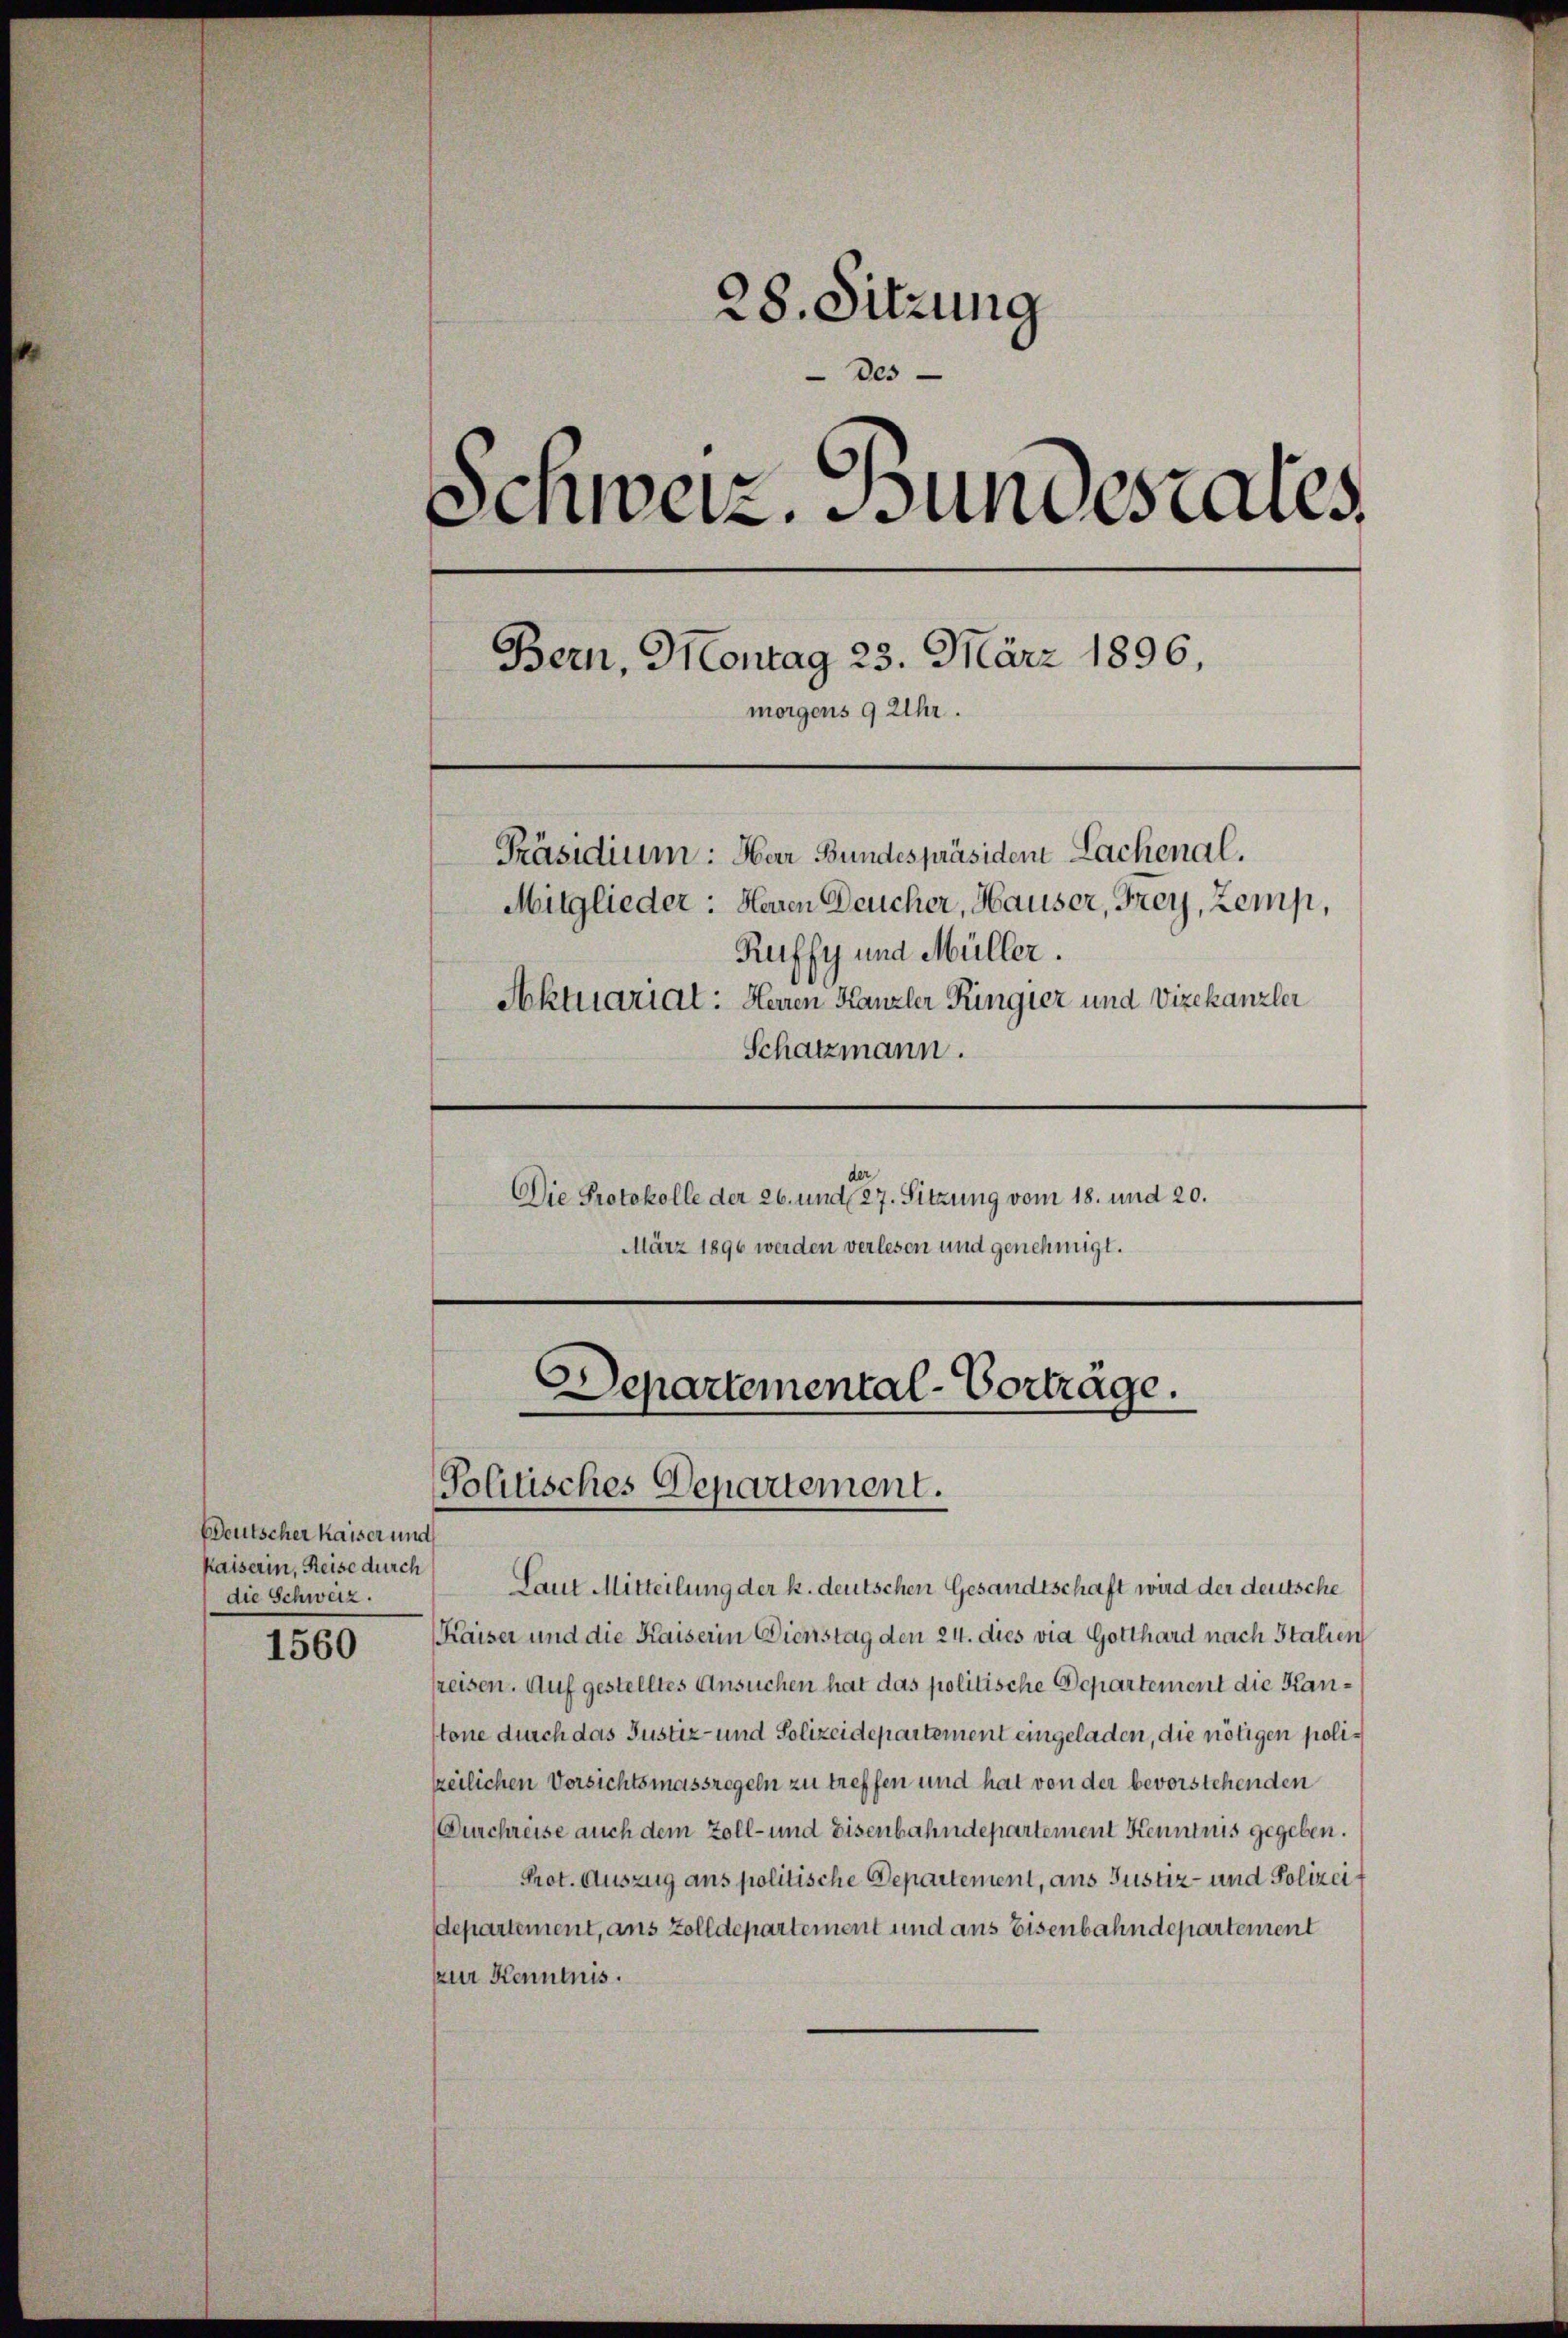
Deutscher Kaiser und
Kaiserin, Reise durch
die Schweiz.

1560

28. Sitzung
des
.
Schweiz. Bundesaus
Bern, Montag 23. März 1896,
morgens 9 Uhr.
Präsidium: Har Bundespräsiden Lachenal.
Mitglieder: Heuen Deucher, Hauser, Frey, Zemp,
Ruffy und Müller.
Aktuariat: Herren Kanzler Ringier und Vizekanzlei
Schatzmann.
Die Protokolle der 26. und 27. Sitzung vom 18. und 20.
März 1896 werden verlesen und genehmigt.

Departemental-Vorträge.
Politisches Departement.

Laut Mitteilung der k. deutschen Gesandtschaft wird der deutsche
Kaiser und die Kaiserin Dienstag den 24. dies via Gotthard nach Italien
reisen. Auf gestelltes Ansuchen hat das politische Departement die Kantone durch das Justiz- und Polizeidepartement eingeladen, die nötigen polizeilichen Vorsichtsmassregeln zu treffen und hat von der bevorstehenden
Durchreise auch dem Zoll- und Eisenbahndepartement Kenntnis gegeben.
Prot. Auszug ans politische Departement, aus Justiz- und Polizei
departement, aus Zolldepartement und aus Eisenbahndepartement
zur Kenntnis.